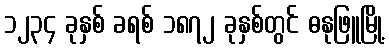
၁၂၃၄ ခုနှစ် ခရစ် ၁၈၇၂ ခုနှစ်တွင် ဓနုဖြူမြို့